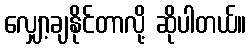
လျှော့ချနိုင်တာလို့ ဆိုပါတယ်။